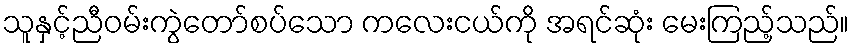
သူနှင့်ညီဝမ်းကွဲတော်စပ်သော ကလေးငယ်ကို အရင်ဆုံး မေးကြည့်သည်။